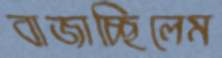
বাজাচ্ছিলেম